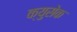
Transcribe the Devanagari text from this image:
क्युसेक